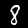
Digit: 8